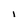
Character: I